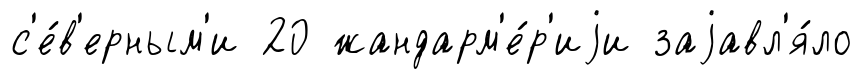
с'е́в'ерным'и 20 жандарм'е́р'иjи заjавл'я́ло